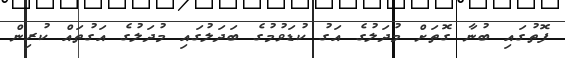
ފޮތުގައި ބުނާ ގޮތަށް މުދަލުގެ އަގު ކުޑަވުމުގެ ބަދަލުގައި މުދަލުގެ އަގުތައް ކުރިން